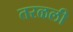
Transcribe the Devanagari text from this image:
तरळली